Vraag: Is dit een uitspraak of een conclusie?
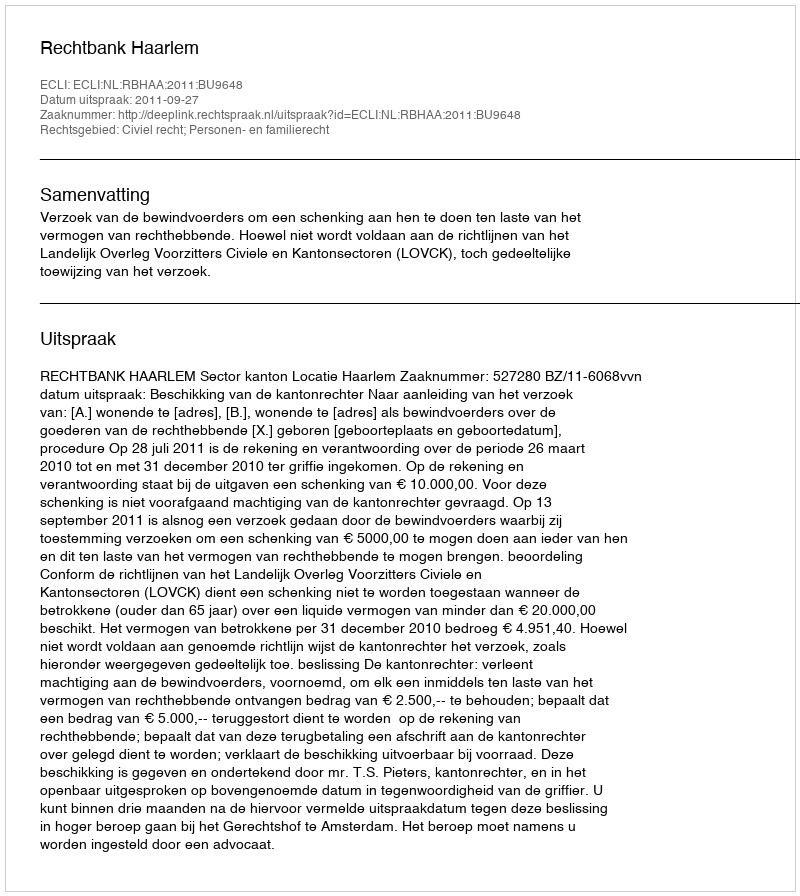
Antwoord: Uitspraak